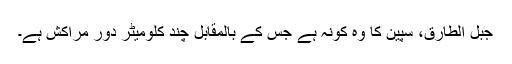
جبل الطارق، سپین کا وہ کونہ ہے جس کے بالمقابل چند کلومیٹر دور مراکش ہے۔